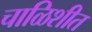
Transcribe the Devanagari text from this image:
चाळिशीत